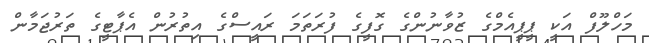
މަހްލޫފް އަކީ ޕީޕީއެމްގެ ޒުވާނުންގެ ގޮފީގެ ފުރަތަމަ ރައީސްގެ އިތުރުން އެޕާޓީގެ ތަރުޖަމާން